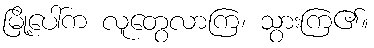
မြို့ပေါ်က လူတွေလာကြ၊ သွားကြ၏။